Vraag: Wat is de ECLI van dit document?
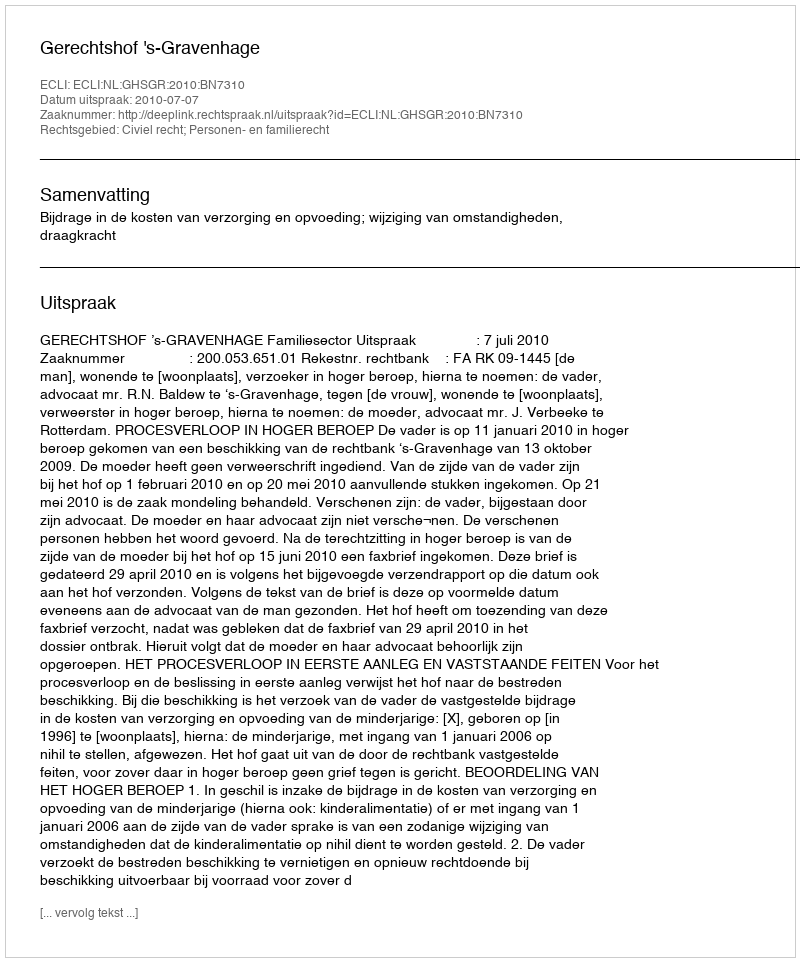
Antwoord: ECLI:NL:GHSGR:2010:BN7310